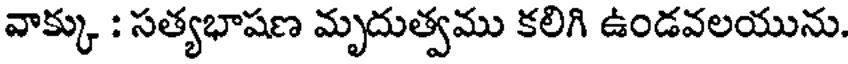
వాక్కు : సత్యభాషణ మృదుత్వము కలిగి ఉండవలయును.